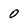
Character: 0